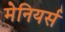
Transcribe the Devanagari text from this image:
मेनियर्स